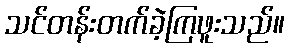
သင်တန်းတက်ခဲ့ကြဖူးသည်။